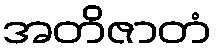
အတိဇာတံ